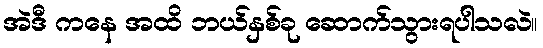
အဲဒီ ကနေ အထိ ဘယ်နှစ်ခု ဆောက်သွားရပါသလဲ။